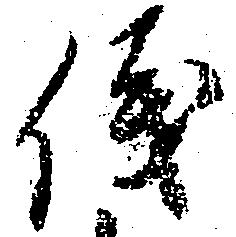
儀